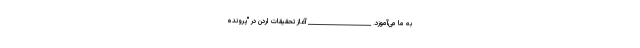
به ما می‌آموزد. _____________________ آغاز تحقیقات اردن در "پرونده